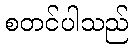
စတင်ပါသည်